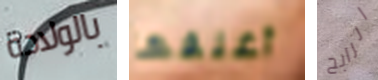
بالولادة أغلقها الرابح